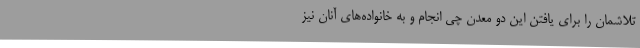
تلاشمان را برای یافتن این دو معدن چی انجام و به خانواده‌های آنان نیز